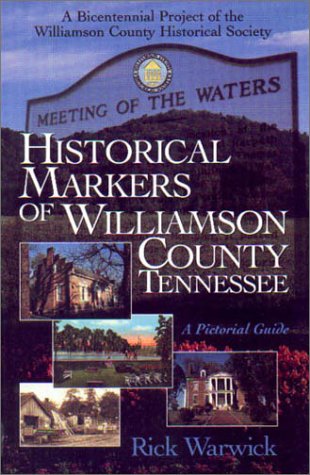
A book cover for Historical Markers Of Williamson County, Tennessee: A Pictorial Guide; Rick Warwick; Travel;